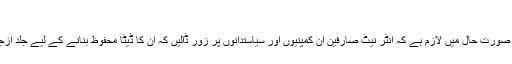
‘
ماہرین متفق ہیں ہے کہ اس صورت حال میں لازم ہے کہ انٹر نیٹ صارفین ان کمپنیوں اور سیاستدانوں پر زور ڈالیں کہ ان کا ڈیٹا محفوظ بنانے کے لیے جلد ازجلد موثر اقدامات کیے جائیں۔